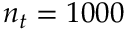
n _ { t } = 1 0 0 0